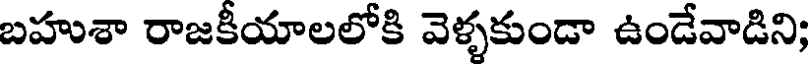
బహుశా రాజకీయాలలోకి వెళ్ళకుండా ఉండేవాడిని;